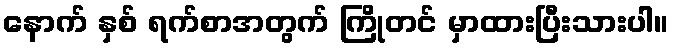
နောက် နှစ် ရက်စာအတွက် ကြိုတင် မှာထားပြီးသားပါ။